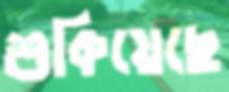
শুকিয়েছে